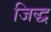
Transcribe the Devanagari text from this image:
जिद्ध